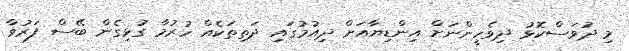
މި ދުވަސްކޮޅު ދިވެހީންނަށް އިންޑިޔާއަށް ދިއުމުގައި ދަތިތަކެއް ހުރުމާ ގުޅިގެން ބޭސް ފަރުވާ